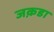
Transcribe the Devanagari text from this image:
जक़डा